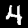
Label: 4